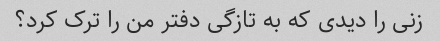
زنی را دیدی که به تازگی دفتر من را ترک کرد؟